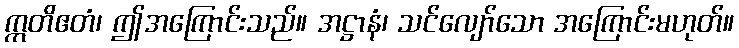
ဣတိဧတံ၊ ဤအကြောင်းသည်။ အဋ္ဌာနံ၊ သင်လျော်သော အကြောင်းမဟုတ်။